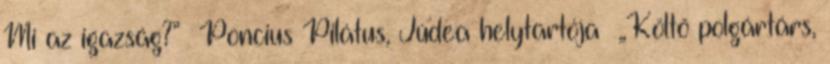
Mi az igazság?” Poncius Pilátus, Júdea helytartója „Költő polgártárs,